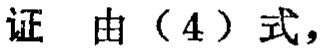
证 由（4）式，